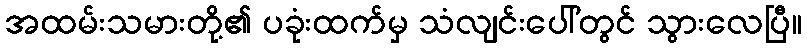
အထမ်းသမားတို့၏ ပခုံးထက်မှ သံလျင်းပေါ်တွင် သွားလေပြီ။